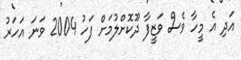
އަދި އެ މީހާ ވެސް ވަޒީފާ ދޫކޮށްލުމަށް ފަހު 2004 ވަނަ އަހަރު